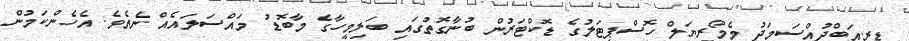
ޑރ.އަބްދުއްސަމަދު މެމޯރިޔަލް ހޮސްޕިޓަލުގެ ޑޮކްޓަރުން ބުނާގޮތުގައި ބަލިމީހާގެ މާބޮޑު މައްސަލައެއް ނެތެވެ. އެހެންކަމުން